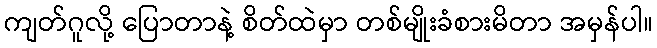
ကျတ်ဂူလို့ ပြောတာနဲ့ စိတ်ထဲမှာ တစ်မျိုးခံစားမိတာ အမှန်ပါ။